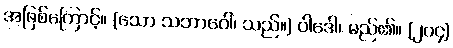
အဖြစ်ကြောင့်။ (သော သဘာဝေါ၊ သည်။) ဝါဒေါ၊ မည်၏။ [၂၀၄]